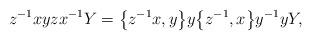
LaTeX: \begin{gather*}z^{-1}xyzx^{-1}Y=\big\{z^{-1}x,y\big\}y\big\{z^{-1},x\big\}y^{-1}yY,\end{gather*}